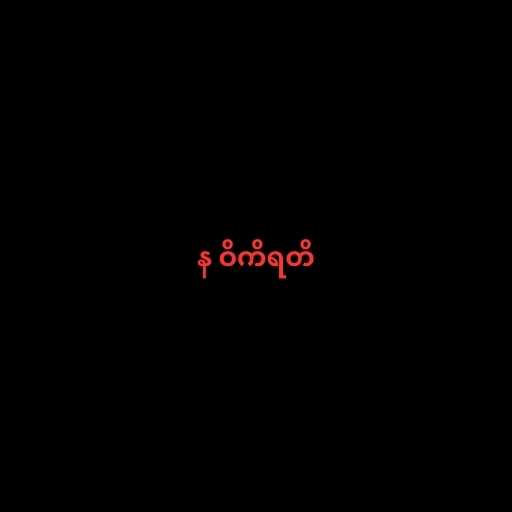
န ဝိကိရတိ